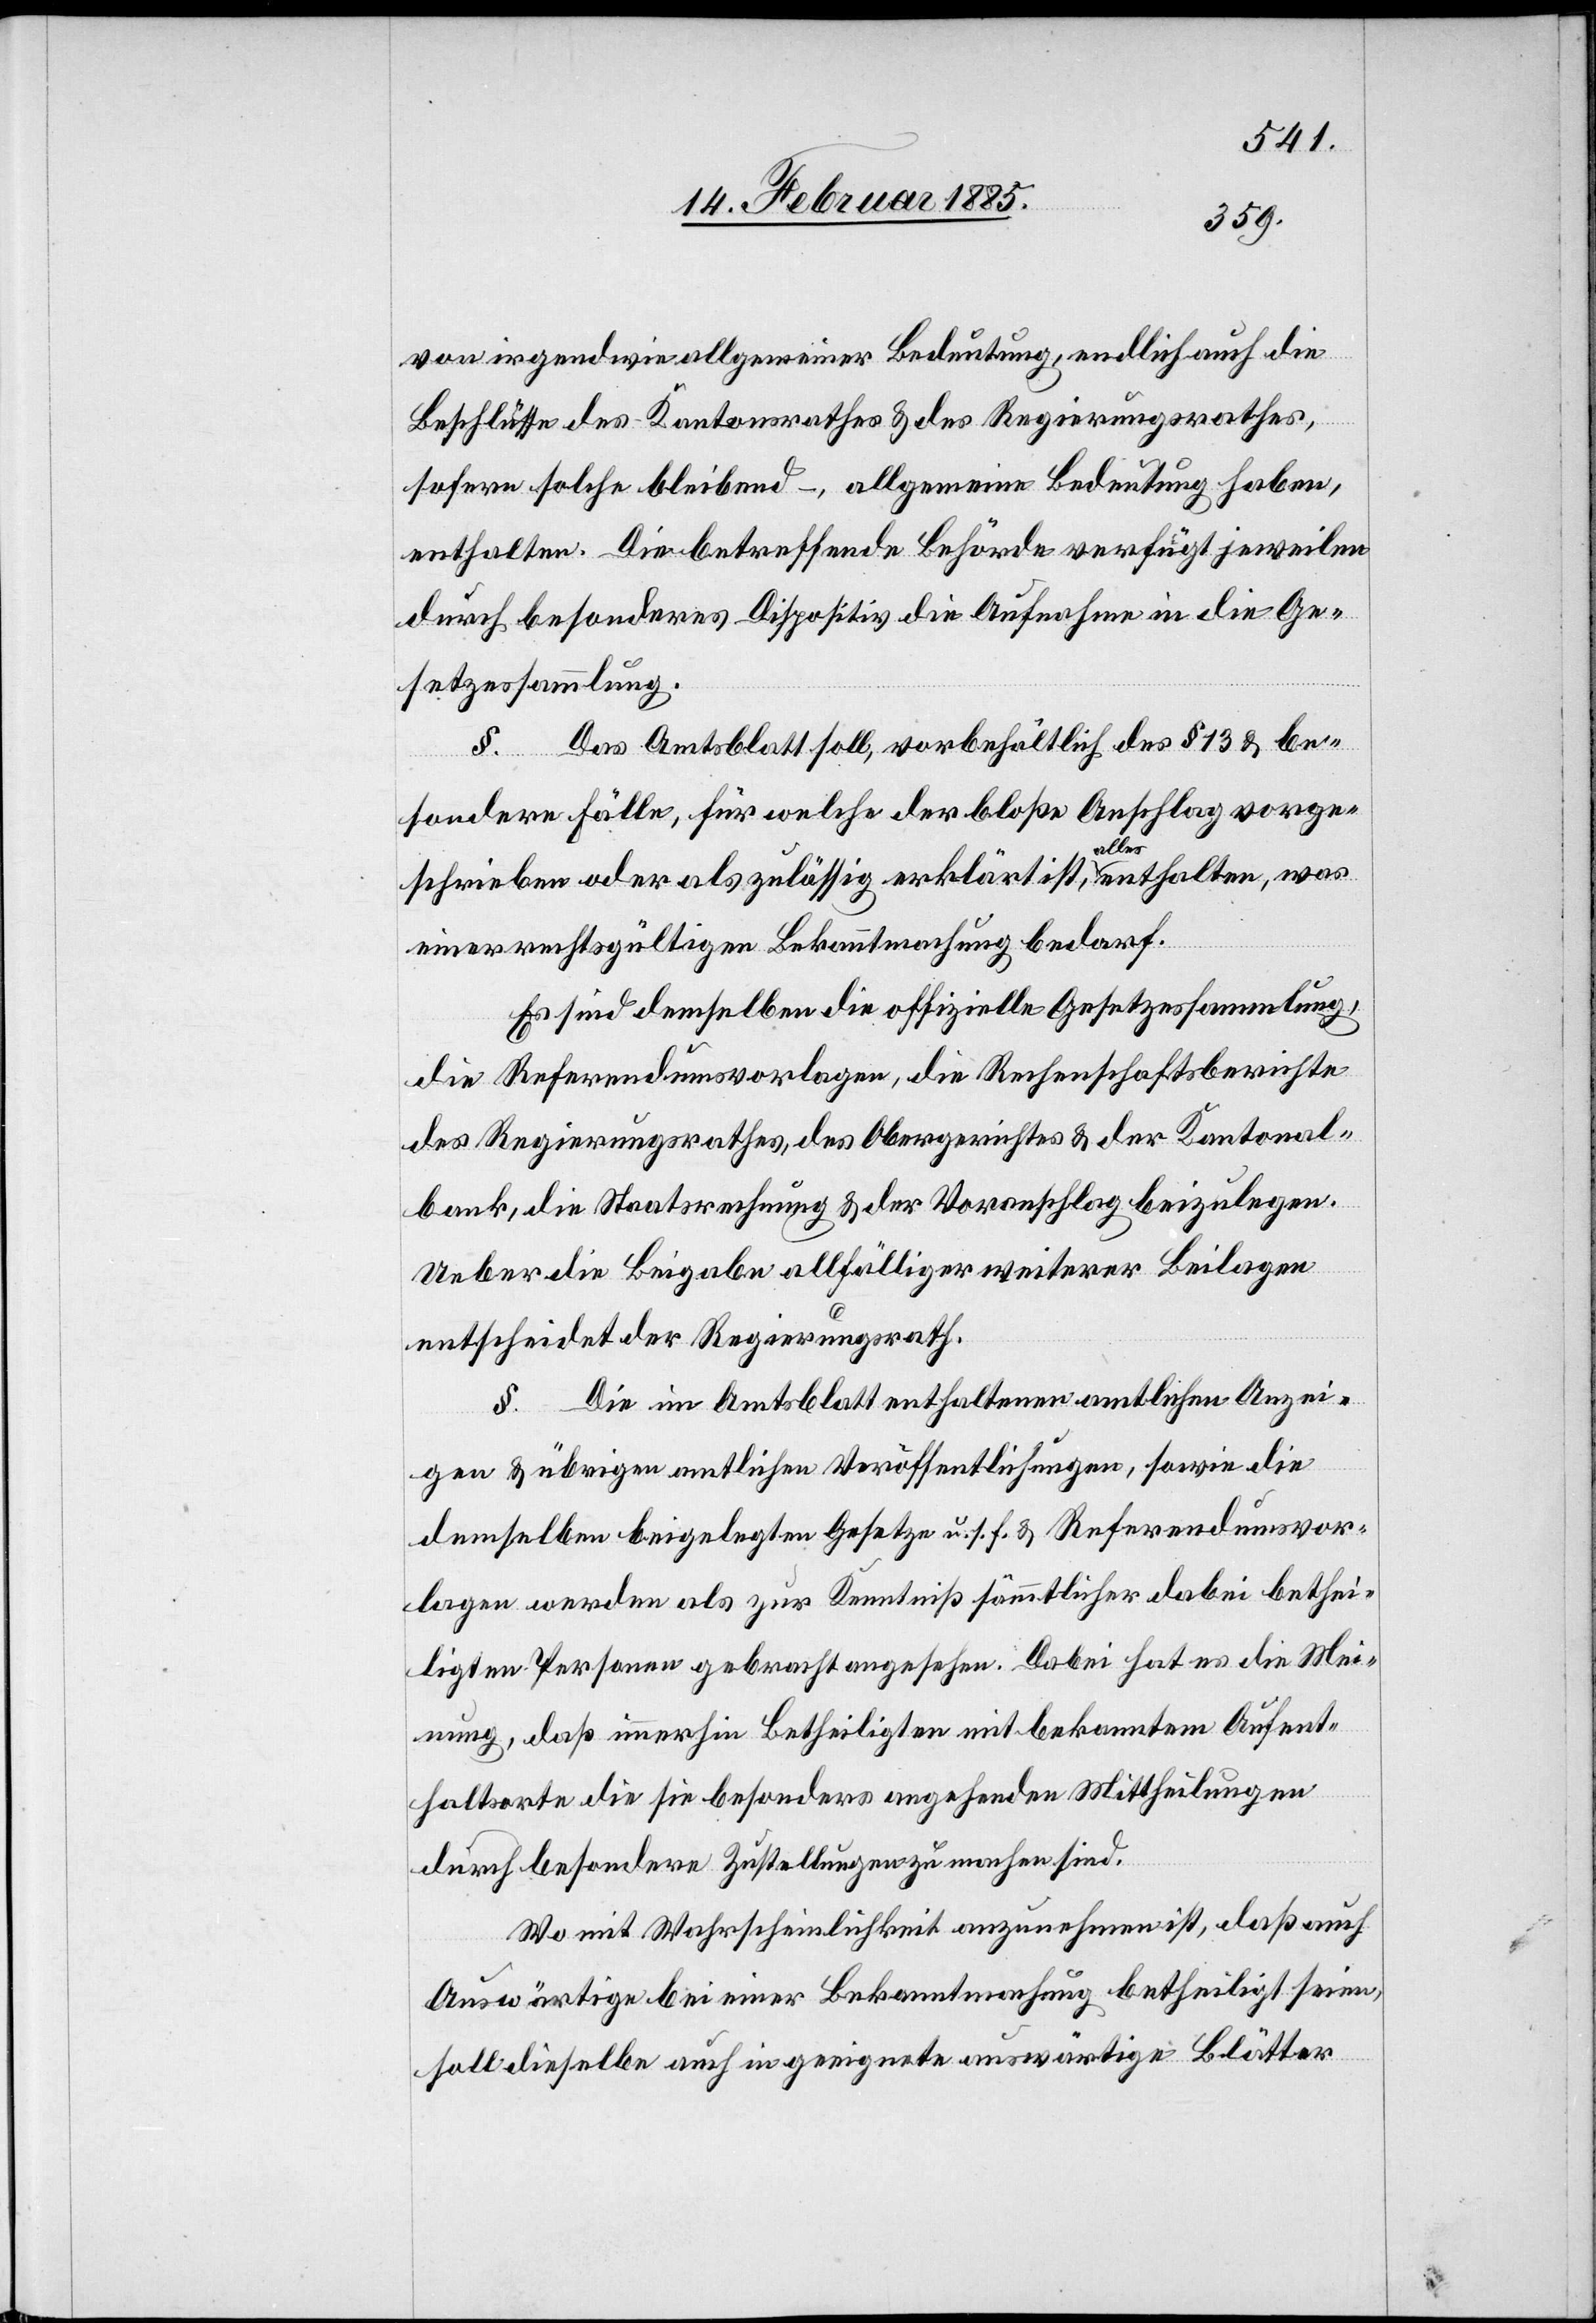
von irgendwie allgemeiner Bedeutung, endlich auch die
Beschlüsse des Kantonsrathes & des Regierungsrathes,
sofern solche bleibend –, allgemeine Bedeutung haben,
enthalten. Die betreffende Behörde verfügt jeweilen
durch besonderes Dispositiv die Aufnahme in die Ge¬
setzessammlung.
§. Das Amtsblatt soll, vorbehältlich des § 13 & be¬
sondere Fälle, für welche der bloße Anschlag vorge¬
schrieben oder als zulässig erklärt ist, alles enthalten, was
einer rechtsgültigen Bekanntmachung bedarf.
Es sind demselben die offizielle Gesetzessammlung,
die Referendumsvorlagen, die Rechenschaftsberichte
des Regierungsrathes, des Obergerichtes & der Kantonal¬
bank, die Staatsrechnung & der Voranschlag beizulegen.
Ueber die Beigabe allfälliger weiterer Beilagen
entscheidet der Regierungsrath.
§. Die im Amtsblatt enthaltenen amtlichen Anzei¬
gen & übrigen amtlichen Veröffentlichungen, sowie die
demselben beigelegten Gesetze u. s. f. & Referendumsvor¬
lagen werden als zur Kenntniß sämmtlicher dabei bethei¬
ligten Personen gebracht angesehen. Dabei hat es die Mei¬
nung, daß immerhin Betheiligten mit bekannten Aufent¬
haltsorte die sie besonders angehenden Mittheilungen
durch besondere Zustellungen zu machen sind.
Wo mit Wahrscheinlichkeit anzunehmen ist, daß auch
Auswärtige bei einer Bekanntmachung betheiligt seien,
soll dieselbe auch in geeignete auswärtige Blätter